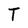
Character: T